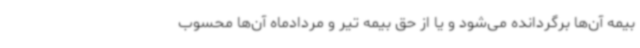
بیمه آن‌ها برگردانده می‌شود و یا از حق بیمه تیر و مردادماه آن‌ها محسوب